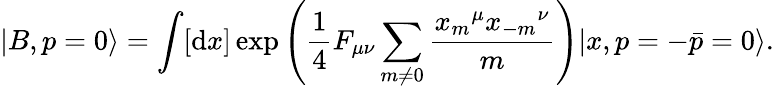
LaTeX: |B,p=0\rangle=\int[\mathrm{d}x]\exp\left({\frac{{1}}{{4}}}F_{\mu\nu}\sum_{m\neq0}{\frac{{{x_{m}}^{\mu}{x_{-m}}^{\nu}}}{{m}}}\right)|x,p=-\bar{{p}}=0\rangle.